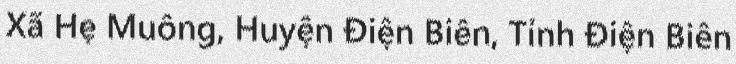
Xã Hẹ Muông, Huyện Điện Biên, Tỉnh Điện Biên